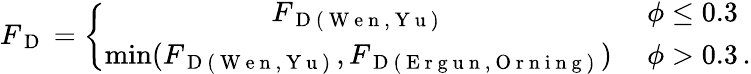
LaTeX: {F_{\mathrm{~D~}}}=\left\{ \begin{array}{cl}{{F_{\mathrm{~D~(~W~e~n~,~Y~u~)~}}}}&{\ \phi\leq 0.3}\\ {\operatorname*{min}({F_{\mathrm{~D~(~W~e~n~,~Y~u~)~}}},{F_{\mathrm{~D~(~E~r~g~u~n~,~O~r~n~i~n~g~)~}}})}&{\ \phi>0.3\, .}\end{array}\right.